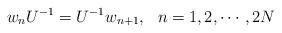
LaTeX: \begin{align*}w_nU^{-1}=U^{-1}w_{n+1},~~n=1,2,\cdots,2N\end{align*}